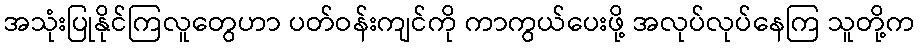
အသုံးပြုနိုင်ကြလူတွေဟာ ပတ်ဝန်းကျင်ကို ကာကွယ်ပေးဖို့ အလုပ်လုပ်နေကြ သူတို့က